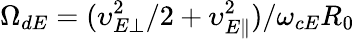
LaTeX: \Omega_{dE}=(\upsilon_{E\perp}^{2}/2+\upsilon_{E\parallel}^{2})/\omega_{cE}R_{0}